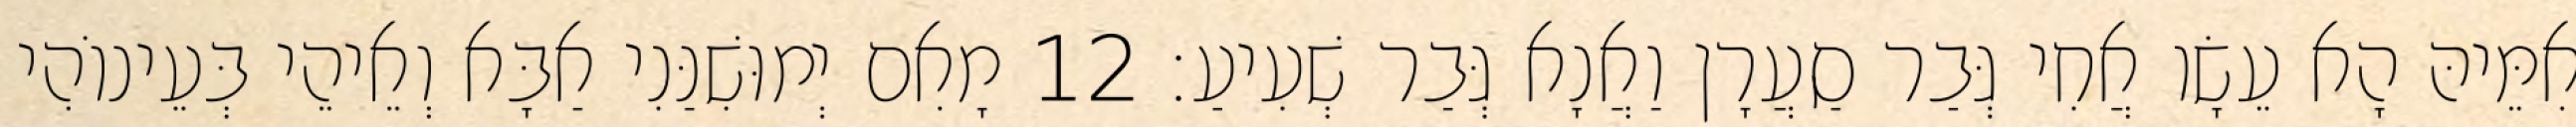
אִמֵּיהּ הָא עֵשָׂו אֲחִי גְּבַר סַעֲרָן וַאֲנָא גְּבַר שְׁעִיעַ׃ 12 מָאִם יְמוּשִׁנַּנִי אַבָּא וְאֵיהֵי בְּעֵינוֹהִי